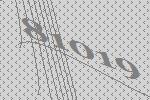
81019